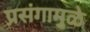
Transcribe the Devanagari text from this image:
प्रसंगामुळे